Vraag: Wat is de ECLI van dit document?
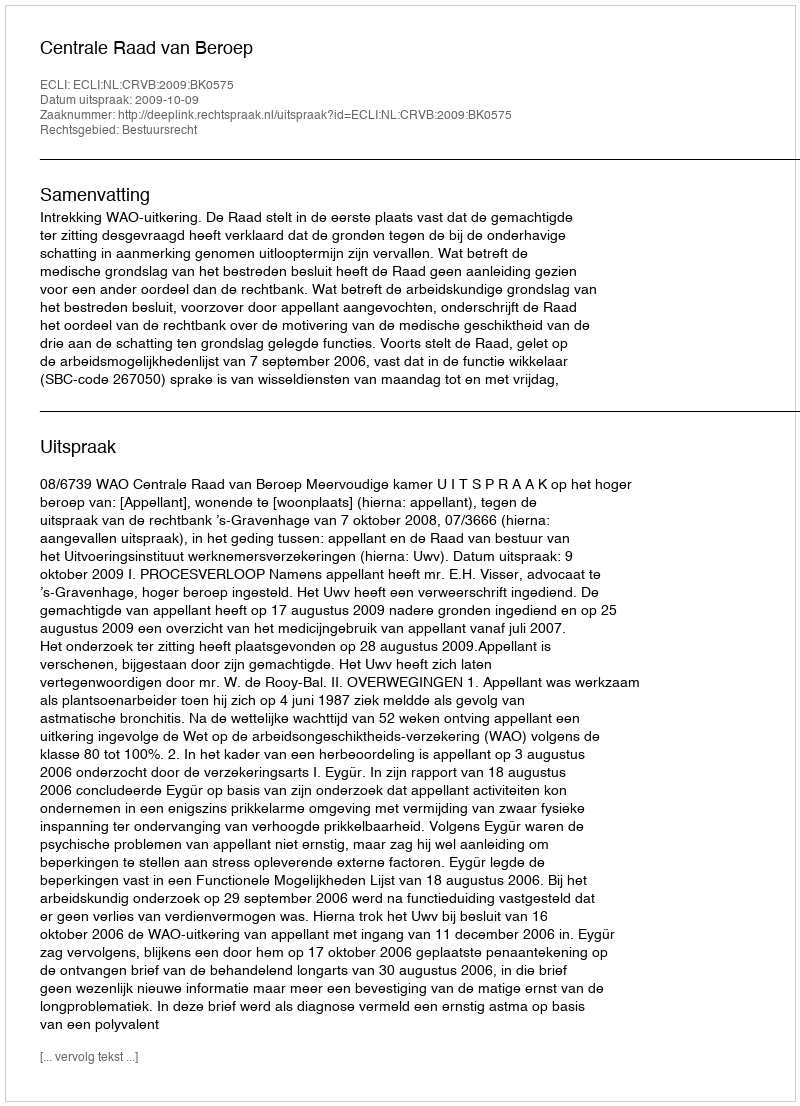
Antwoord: ECLI:NL:CRVB:2009:BK0575